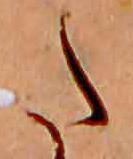
た